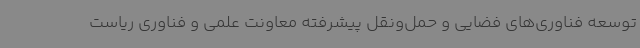
توسعه فناوری‌های فضایی و حمل‌ونقل پیشرفته معاونت علمی و فناوری ریاست